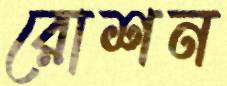
রোশন